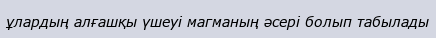
ұлардың алғашқы үшеуі магманың әсері болып табылады